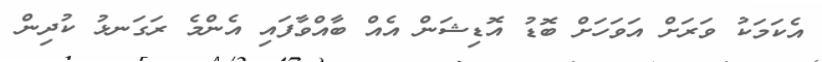
އެކަމަކު ވަރަށް އަވަހަށް ބޮޑު އޮޑިޝަން އެއް ބާއްވާފައި އެންމެ ރަގަނޅު ކުދިން